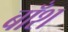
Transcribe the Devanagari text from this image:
बाँश